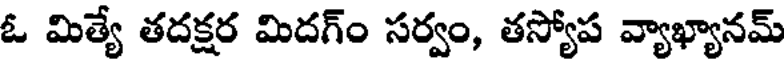
ఓ మిత్యే తదక్షర మిదగ్ం సర్వం, తస్యోప వ్యాఖ్యానమ్